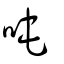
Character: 吨